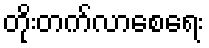
တိုးတက်လာစေရေး